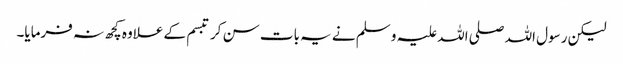
لیکن رسول اللہ صلی اللہ علیہ و سلم نے یہ بات سن کر تبسم کے علاوہ کچھ نہ فرمایا۔